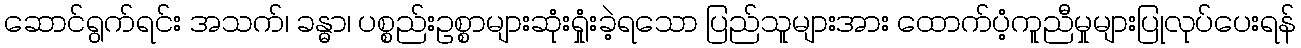
ဆောင်ရွက်ရင်း အသက်၊ ခန္ဓာ၊ ပစ္စည်းဥစ္စာများဆုံးရှုံးခဲ့ရသော ပြည်သူများအား ထောက်ပံ့ကူညီမှုများပြုလုပ်ပေးရန်